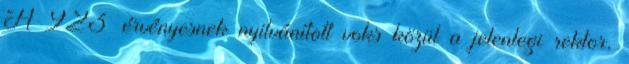
A 923 érvényesnek nyilvánított voks közül a jelenlegi rektor,